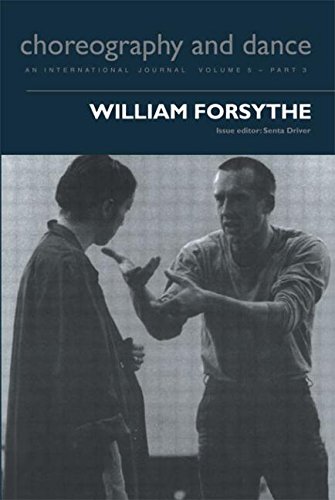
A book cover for William Forsythe (Choreography and Dance Studies); Senta Driver; Biographies & Memoirs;